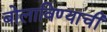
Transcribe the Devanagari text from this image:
बोलाविण्याची